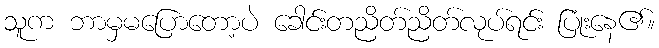
သူက ဘာမှမပြောတော့ပဲ ခေါင်းတညိတ်ညိတ်လုပ်ရင်း ပြုံးနေ၏။